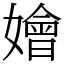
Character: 嬒